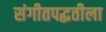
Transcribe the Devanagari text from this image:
संगीतपद्धतीला